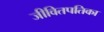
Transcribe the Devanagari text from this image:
जीवितपतिका